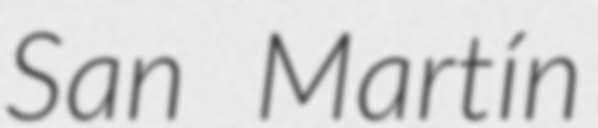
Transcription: San Martín